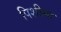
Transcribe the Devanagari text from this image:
पिशीमा